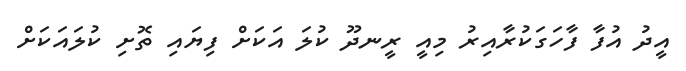
އީދު އުފާ ފާހަގަކުރާއިރު މިއީ ރީނދޫ ކުލަ އަކަށް ފިޔައި ތޮށި ކުލައަކަށް